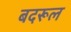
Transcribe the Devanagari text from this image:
बदरूल